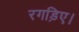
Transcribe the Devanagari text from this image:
रगड़िए।